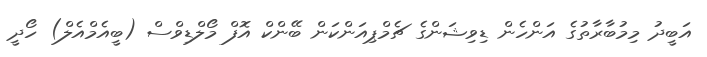
އަބީދު މިމުބާރާތުގެ އަންހެން ޑިވިޝަންގެ ޗެމްޕިއަންކަން ބޭންކް އޮފް މޯލްޑިވްސް (ބީއެމްއެލް) ހޯދީ